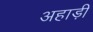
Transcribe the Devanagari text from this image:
अहाड़ी